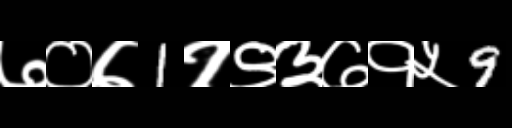
Text: ७०७1१९३७१५9